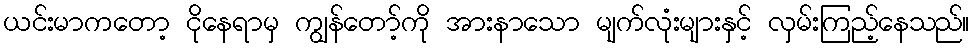
ယင်းမာကတော့ ငိုနေရာမှ ကျွန်တော့်ကို အားနာသော မျက်လုံးများနှင့် လှမ်းကြည့်နေသည်။